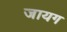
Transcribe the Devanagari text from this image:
जायग